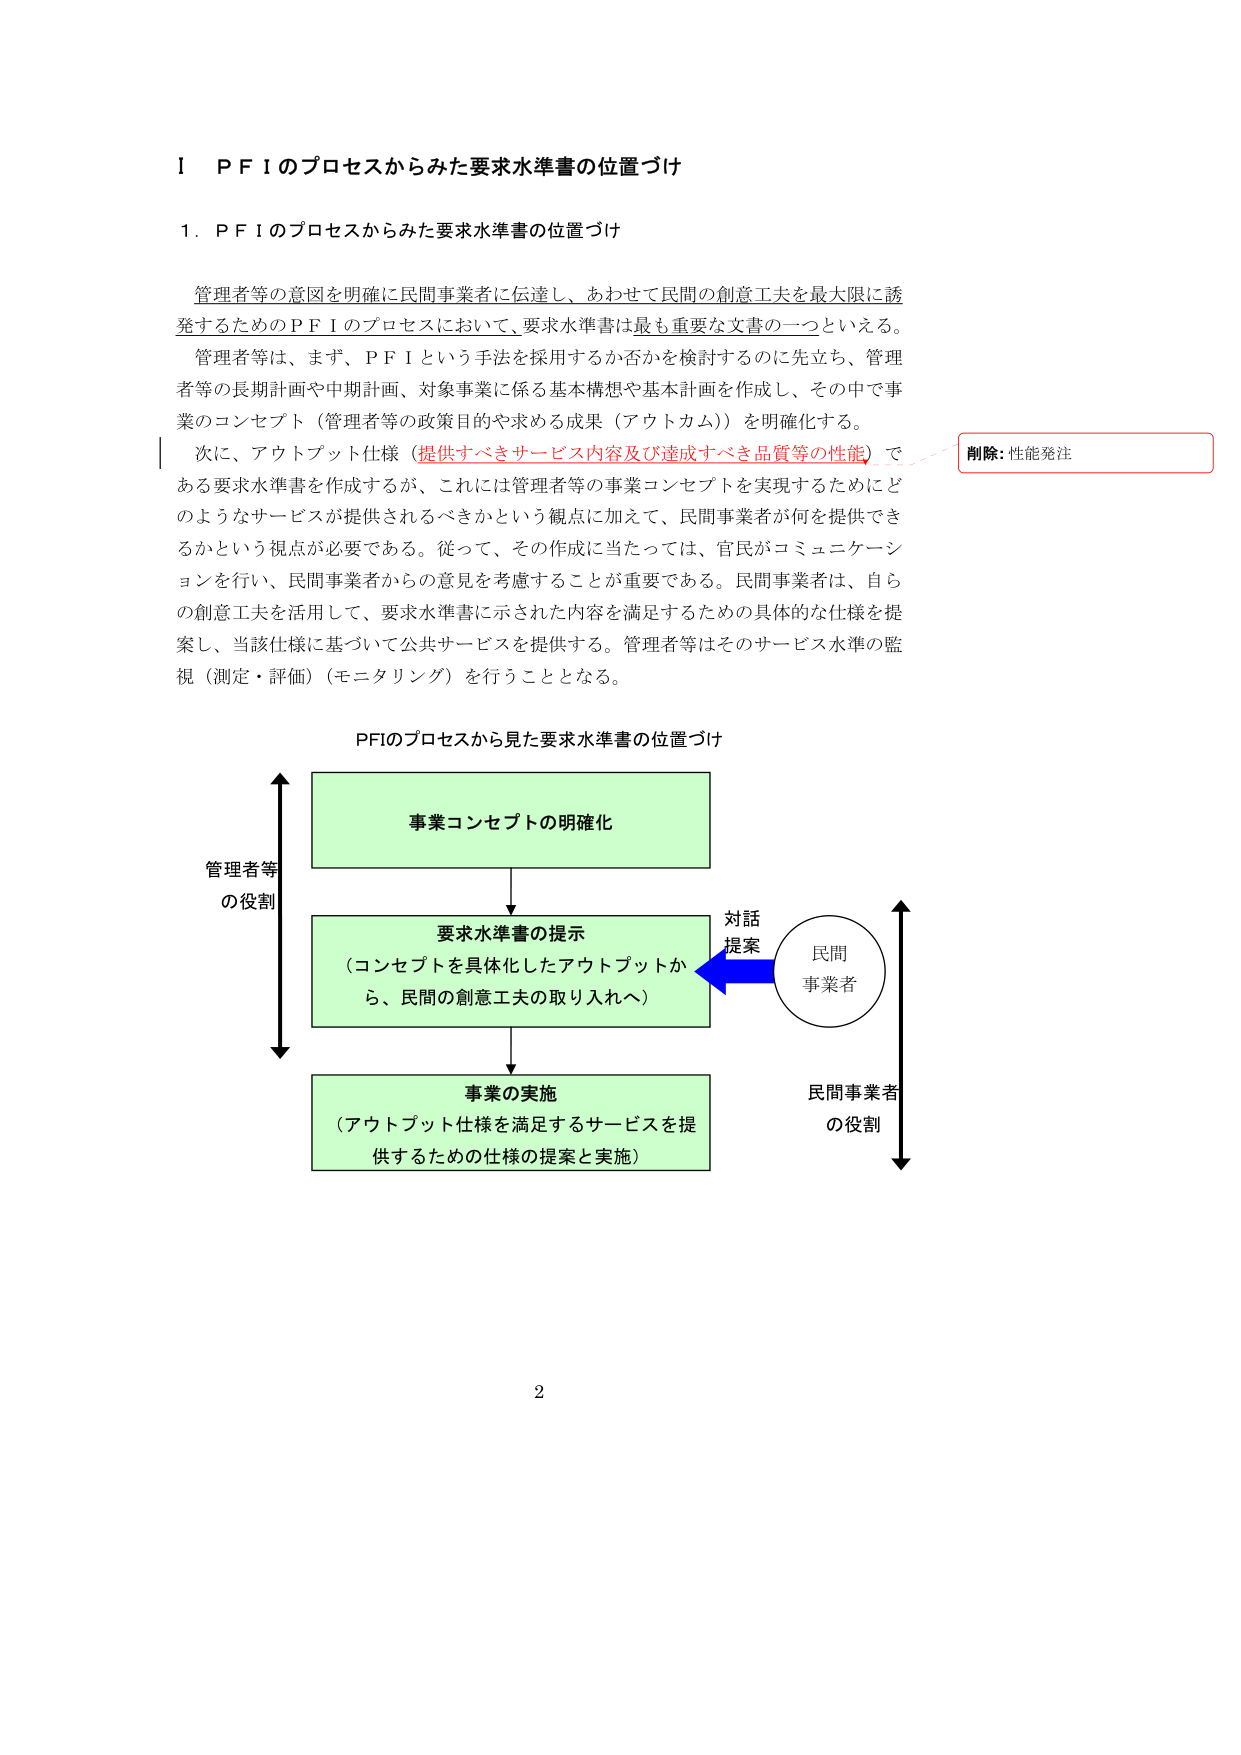
Ⅰ　ＰＦＩのプロセスからみた要求水準書の位置づけ

１．ＰＦＩのプロセスからみた要求水準書の位置づけ

管理者等の意図を明確に民間事業者に伝達し、あわせて民間の創意工夫を最大限に誘発するためのＰＦＩのプロセスにおいて、要求水準書は最も重要な文書の一つといえる。

管理者等は、まず、ＰＦＩという手法を採用するか否かを検討するのに先立ち、管理者等の長期計画や中期計画、対象事業に係る基本構想や基本計画を作成し、その中で事業のコンセプト（管理者等の政策目的や求める成果（アウトカム））を明確化する。

次に、アウトプット仕様（提供すべきサービス内容及び達成すべき品質等の性能）である要求水準書を作成するが、これには管理者等の事業コンセプトを実現するためにどのようなサービスが提供されるべきかという観点に加えて、民間事業者が何を提供できるかという視点が必要である。従って、その作成に当たっては、官民がコミュニケーションを行い、民間事業者からの意見を考慮することが重要である。民間事業者は、自らの創意工夫を活用して、要求水準書に示された内容を満足するための具体的な仕様を提案し、当該仕様に基づいて公共サービスを提供する。管理者等はそのサービス水準の監視（測定・評価）（モニタリング）を行うこととなる。

PFIのプロセスから見た要求水準書の位置づけ

事業コンセプトの明確化

要求水準書の提示
（コンセプトを具体化したアウトプットから、民間の創意工夫の取り入れへ）

事業の実施
（アウトプット仕様を満足するサービスを提供するための仕様の提案と実施）

管理者等
の役割

対話
提案

民間
事業者

民間事業者
の役割

削除: 性能発注

2